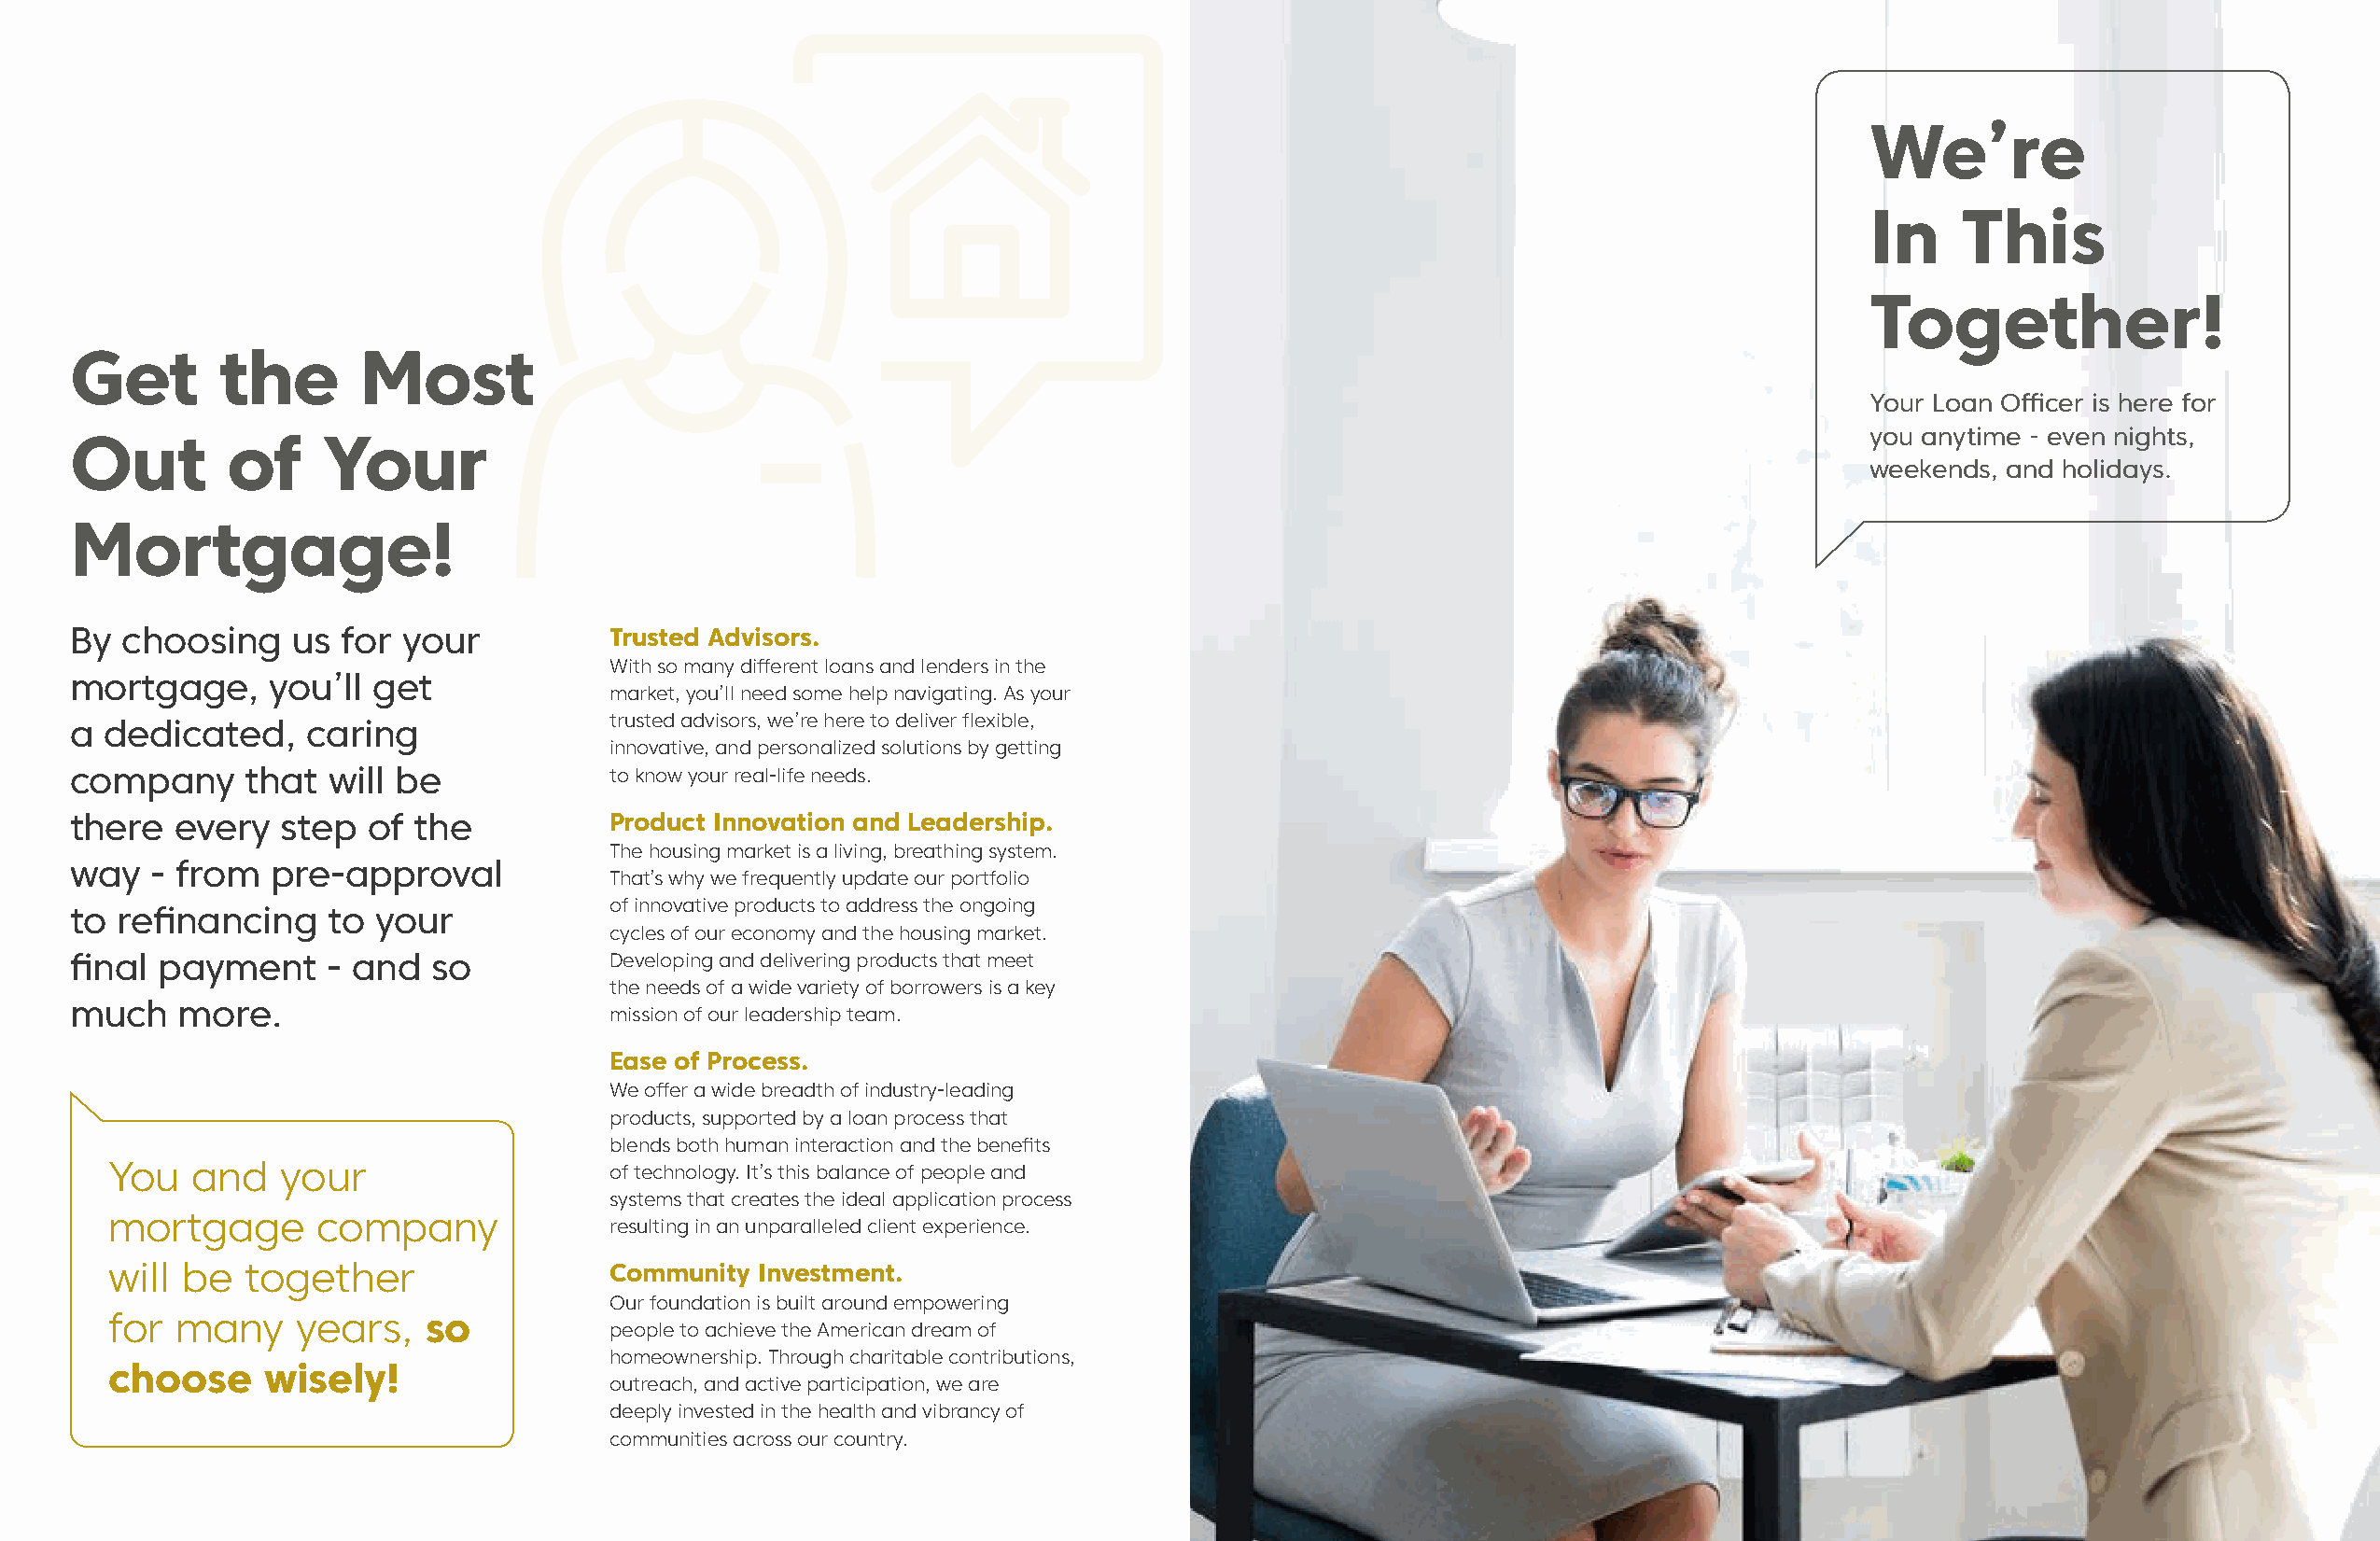
We’re
 In    This
 Together!
 Get        the       Most
 Your Loan Officer is here for
 you anytime - even nights,
 Out        of     Your
 weekends, and holidays.
 Mortgage!
 By  choosing    us for  your          Trusted Advisors.
 With so many different loans and lenders in the
 mortgage,     you’ll get
 market, you’ll need some help navigating. As your
 trusted advisors, we’re here to deliver flexible,
 a dedicated,     caring
 innovative, and personalized solutions by getting
 company     that  will be             to know your real-life needs.
 there  every   step  of the           Product Innovation and Leadership.
 The housing market is a living, breathing system.
 way   - from  pre-approval
 That’s why we frequently update our portfolio
 of innovative products to address the ongoing
 to refinancing    to  your
 cycles of our economy and the housing market.
 final payment     - and   so          Developing and delivering products that meet
 the needs of a wide variety of borrowers is a key
 much    more.
 mission of our leadership team.
 Ease of Process.
 We offer a wide breadth of industry-leading
 products, supported by a loan process that
 blends both human interaction and the benefits
 You   and   your                   of technology. It’s this balance of people and
 systems that creates the ideal application process
 mortgage      company
 resulting in an unparalleled client experience.
 will be  together                  Community  Investment.
 Our foundation is built around empowering
 for many     years,   so
 people to achieve the American dream of
 homeownership. Through charitable contributions,
 choose     wisely!
 outreach, and active participation, we are
 deeply invested in the health and vibrancy of
 communities across our country.